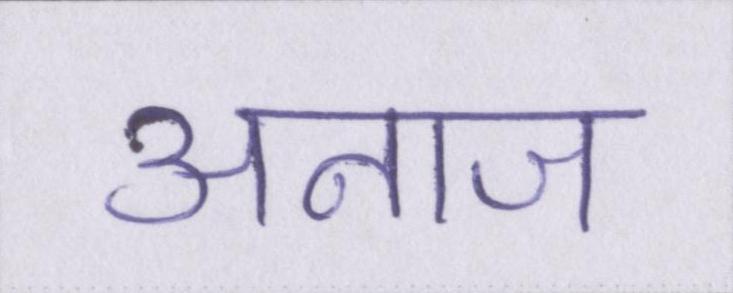
अनाज